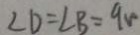
\angle D = \angle B = 9